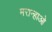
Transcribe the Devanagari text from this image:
मरान्हाओ